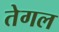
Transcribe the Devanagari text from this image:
तेगल